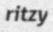
ritzy